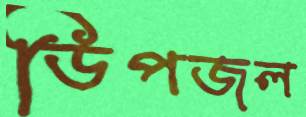
ডিপজল